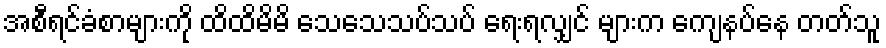
အစီရင်ခံစာများကို ထိထိမိမိ သေသေသပ်သပ် ရေးရလျှင် များက ကျေနပ်နေ တတ်သူ